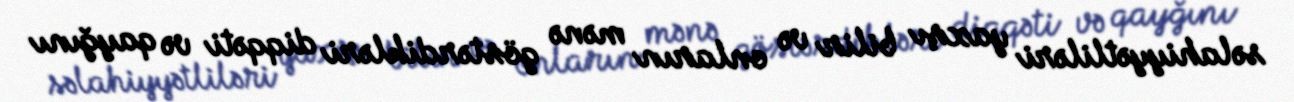
səlahiyyətliləri yaxşı bilir və onların mənə göstərdikləri diqqəti və qayğını